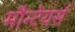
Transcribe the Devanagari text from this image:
मौन्टेयर्स